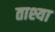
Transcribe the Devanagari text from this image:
ताश्या